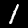
Digit: 1